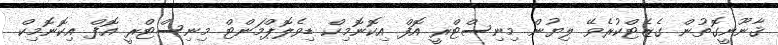
ޤާނޫނީގޮތުން ގެޒެޓްކުރެވޭ ލިޔުން މިނިސްޓްރީ އޮފް އިކޮނޮމިކް ޑިވެލޮޕްމަންޓް މިނިސްޓްރީ އޮފް އިކޮނޮމިކް